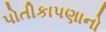
પોતીકાપણાનો